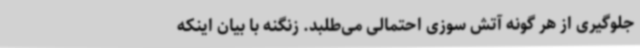
جلوگیری از هر گونه آتش سوزی احتمالی می‌طلبد. زنگنه با بیان اینکه